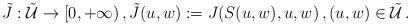
LaTeX: \begin{align*} \tilde J: \tilde{\mathcal U} \to [0,+\infty)\,, \tilde J(u,w):=J(S(u,w), u,w)\,, (u,w)\in\tilde{\mathcal U}\,.\end{align*}